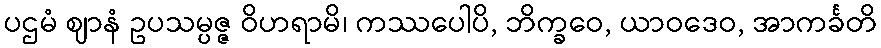
ပဌမံ ဈာနံ ဥပသမ္ပဇ္ဇ ဝိဟရာမိ၊ ကဿပေါပိ, ဘိက္ခဝေ, ယာဝဒေဝ, အာကင်္ခတိ